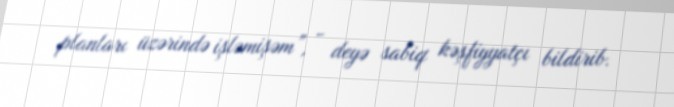
planları üzərində işləmişəm”, - deyə sabiq kəşfiyyatçı bildirib.